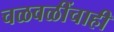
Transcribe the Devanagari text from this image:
चळवळींचाही